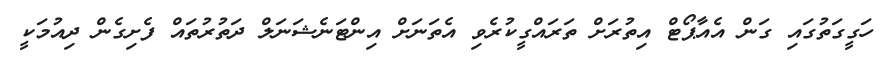
ހަގީގަތުގައި ގަން އެއާޕޯޓް އިތުރަށް ތަރައްގީކުރެވި އެތަނަށް އިންޓަނެޝަނަލް ދަތުރުތައް ފެށިގެން ދިއުމަކީ